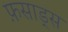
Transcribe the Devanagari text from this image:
फ़साड्स